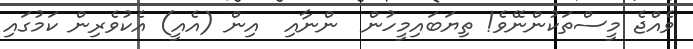
ވެއްޖެ މީސްތަކުންނޭވެ! ތިޔަބައިމީހުން  ންނާއި  އިން (އެއީ) އެކުވެރިން ކަމުގައި